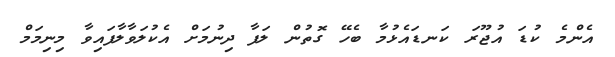
އެންމެ ކުޑަ އުޖޫރަ ކަނޑައެޅުމާ ބެހޭ ގޮތުން ލަފާ ދިނުމަށް އެކުލަވާލާފައިވާ މިނިމަމް